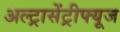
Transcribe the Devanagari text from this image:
अल्ट्रासेंट्रीफ्यूज